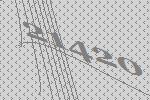
21420